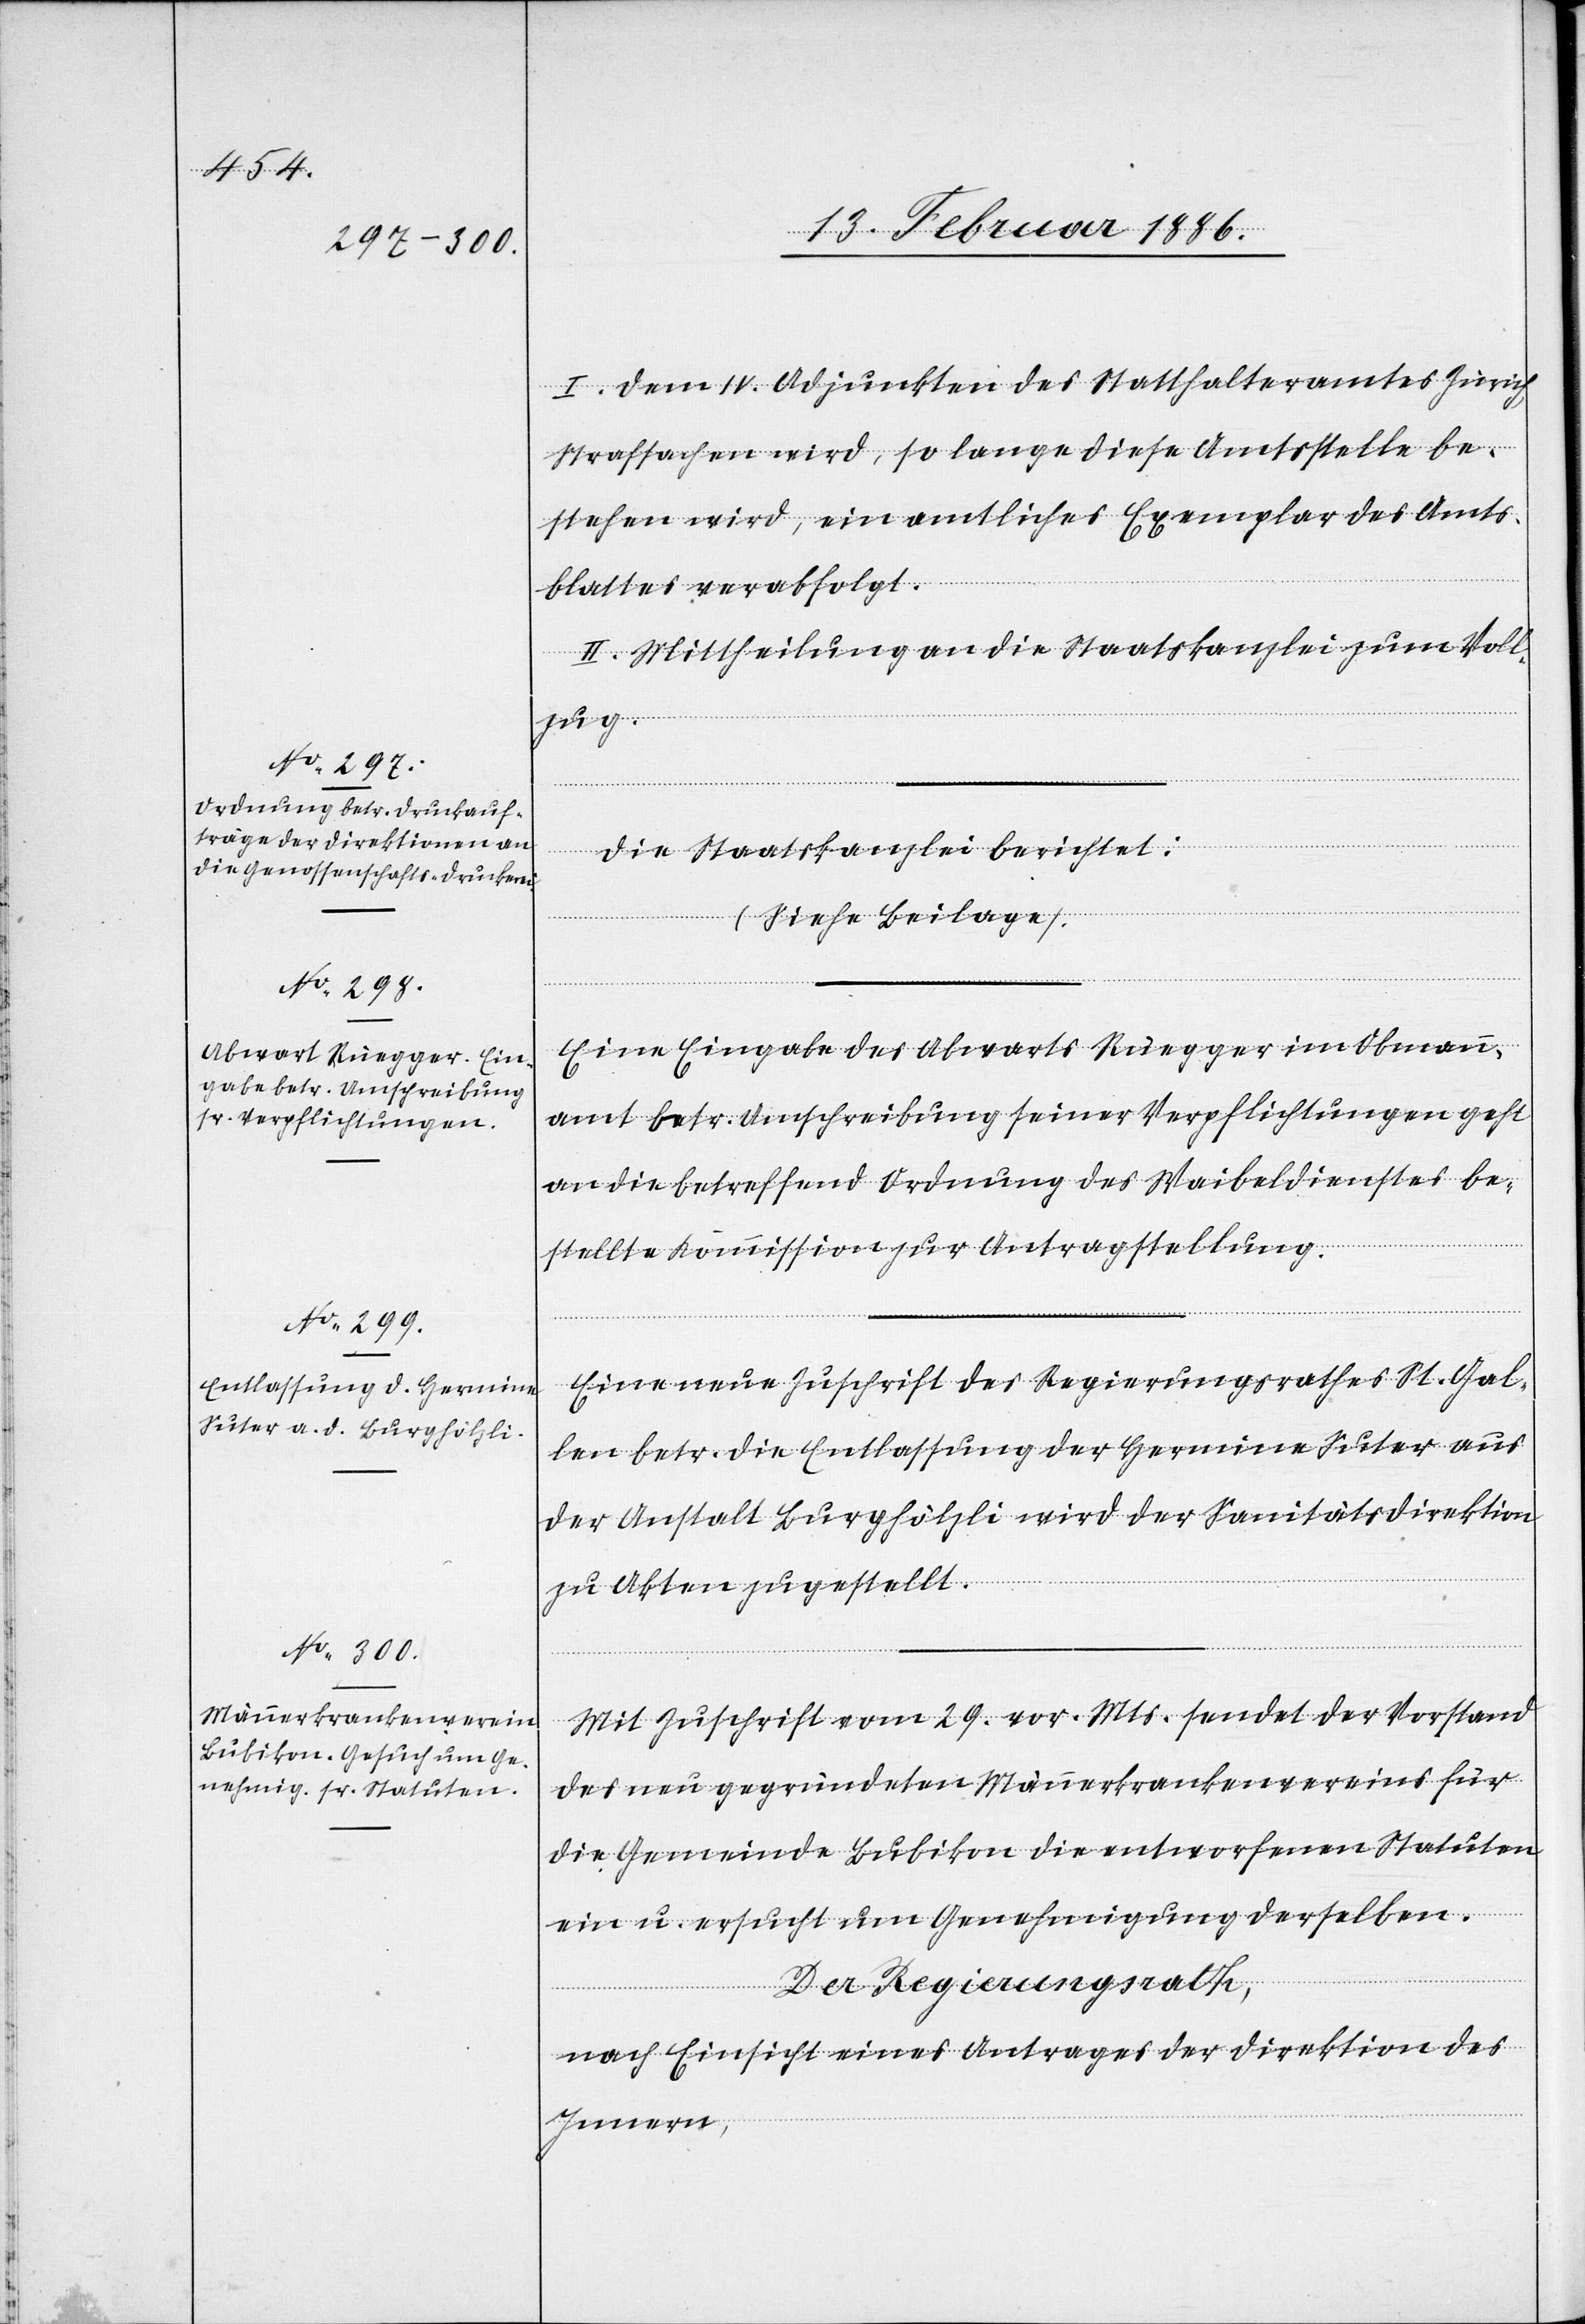
I. Dem IV. Adjunkten des Statthalteramtes Zürich,
Strafsachen wird, so lange diese Amtsstelle be¬
stehen wird, ein amtliches Exemplar des Amts¬
blattes verabfolgt.
II. Mittheilung an die Staatskanzlei zum Voll¬
zug.
Eine Eingabe des Abwartes Rüegger im Obmann¬
amt betr. Umschreibung seiner Verpflichtungen geht
an die betreffend Ordnung des Waibeldienstes be¬
stellte Kommission zur Antragstellung.
Eine neue Zuschrift des Regierungsrathes St. Gal¬
len betr. die Entlassung der Hermine Suter aus
der Anstalt Burghölzli wird der Sanitätsdirektion
zu Akten gestellt.
Mit Zuschrift vom 29. vor. Mts. sendet der Vorstand
des neu gegründeten Männerkrankenvereins für
die Gemeinde Bubikon die entworfenen Statuten
ein u. ersucht um Genehmigung derselben.
Der Regierungsrath,
nach Einsicht eines Antrages der Direktion des
Innern,